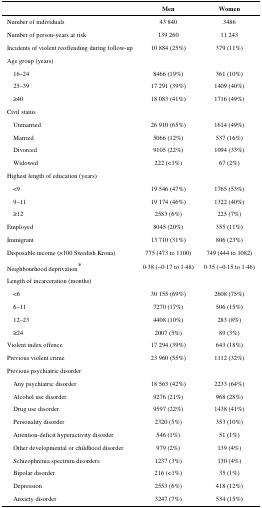
<table><thead><tr><td></td><td><b>Men</b></td><td><b>Women</b></td></tr></thead><tbody><tr><td>Number of individuals</td><td>43 840</td><td>3486</td></tr><tr><td>Number of person-years at risk</td><td>139 260</td><td>11 243</td></tr><tr><td>Incidents of violent reoffending during follow-up</td><td>10 884 (25%)</td><td>379 (11%)</td></tr><tr><td>Age group (years)</td><td></td><td></td></tr><tr><td> 16–24</td><td>8466 (19%)</td><td>361 (10%)</td></tr><tr><td> 25–39</td><td>17 291 (39%)</td><td>1409 (40%)</td></tr><tr><td> ≥40</td><td>18 083 (41%)</td><td>1716 (49%)</td></tr><tr><td>Civil status</td><td></td><td></td></tr><tr><td> Unmarried</td><td>26 910 (65%)</td><td>1614 (49%)</td></tr><tr><td> Married</td><td>5066 (12%)</td><td>537 (16%)</td></tr><tr><td> Divorced</td><td>9105 (22%)</td><td>1094 (33%)</td></tr><tr><td> Widowed</td><td>222 (&lt;1%)</td><td>67 (2%)</td></tr><tr><td>Highest length of education (years)</td><td></td><td></td></tr><tr><td> &lt;9</td><td>19 546 (47%)</td><td>1765 (53%)</td></tr><tr><td> 9–11</td><td>19 174 (46%)</td><td>1322 (40%)</td></tr><tr><td> ≥12</td><td>2583 (6%)</td><td>225 (7%)</td></tr><tr><td>Employed</td><td>8045 (20%)</td><td>355 (11%)</td></tr><tr><td>Immigrant</td><td>13 710 (31%)</td><td>806 (23%)</td></tr><tr><td>Disposable income (×100 Swedish Krona)</td><td>775 (473 to 1100)</td><td>749 (444 to 1082)</td></tr><tr><td>Neighbourhood deprivation*</td><td>0·38 (−0·17 to 1·48)</td><td>0·35 (−0·15 to 1·46)</td></tr><tr><td>Length of incarceration (months)</td><td></td><td></td></tr><tr><td> &lt;6</td><td>30 155 (69%)</td><td>2608 (75%)</td></tr><tr><td> 6–11</td><td>7270 (17%)</td><td>506 (15%)</td></tr><tr><td> 12–23</td><td>4408 (10%)</td><td>283 (8%)</td></tr><tr><td> ≥24</td><td>2007 (5%)</td><td>89 (3%)</td></tr><tr><td>Violent index offence</td><td>17 294 (39%)</td><td>643 (18%)</td></tr><tr><td>Previous violent crime</td><td>23 960 (55%)</td><td>1112 (32%)</td></tr><tr><td>Previous psychiatric disorder</td><td></td><td></td></tr><tr><td> Any psychiatric disorder</td><td>18 563 (42%)</td><td>2233 (64%)</td></tr><tr><td> Alcohol use disorder</td><td>9276 (21%)</td><td>968 (28%)</td></tr><tr><td> Drug use disorder</td><td>9597 (22%)</td><td>1438 (41%)</td></tr><tr><td> Personality disorder</td><td>2320 (5%)</td><td>353 (10%)</td></tr><tr><td> Attention-deficit hyperactivity disorder</td><td>546 (1%)</td><td>51 (1%)</td></tr><tr><td> Other developmental or childhood disorder</td><td>979 (2%)</td><td>139 (4%)</td></tr><tr><td> Schizophrenia spectrum disorders</td><td>1237 (3%)</td><td>130 (4%)</td></tr><tr><td> Bipolar disorder</td><td>216 (&lt;1%)</td><td>35 (1%)</td></tr><tr><td> Depression</td><td>2553 (6%)</td><td>418 (12%)</td></tr><tr><td> Anxiety disorder</td><td>3247 (7%)</td><td>534 (15%)</td></tr></tbody></table>